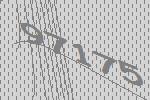
97175